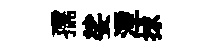
孺娑湮捄